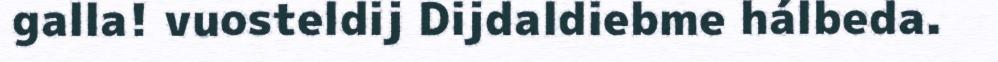
galla! vuosteldij Dijdaldiebme hálbeda.